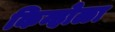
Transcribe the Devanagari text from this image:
किन्होळा